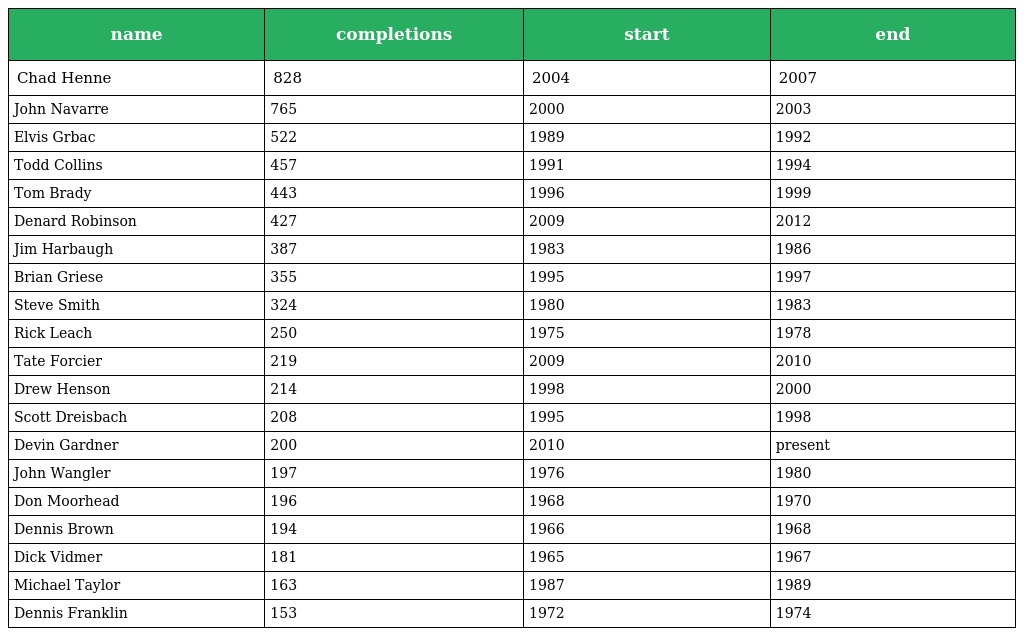
| name | completions | start | end |
 | --- | --- | --- | --- |
 | Chad Henne | 828 | 2004 | 2007 |
 | John Navarre | 765 | 2000 | 2003 |
 | Elvis Grbac | 522 | 1989 | 1992 |
 | Todd Collins | 457 | 1991 | 1994 |
 | Tom Brady | 443 | 1996 | 1999 |
 | Denard Robinson | 427 | 2009 | 2012 |
 | Jim Harbaugh | 387 | 1983 | 1986 |
 | Brian Griese | 355 | 1995 | 1997 |
 | Steve Smith | 324 | 1980 | 1983 |
 | Rick Leach | 250 | 1975 | 1978 |
 | Tate Forcier | 219 | 2009 | 2010 |
 | Drew Henson | 214 | 1998 | 2000 |
 | Scott Dreisbach | 208 | 1995 | 1998 |
 | Devin Gardner | 200 | 2010 | present |
 | John Wangler | 197 | 1976 | 1980 |
 | Don Moorhead | 196 | 1968 | 1970 |
 | Dennis Brown | 194 | 1966 | 1968 |
 | Dick Vidmer | 181 | 1965 | 1967 |
 | Michael Taylor | 163 | 1987 | 1989 |
 | Dennis Franklin | 153 | 1972 | 1974 |